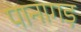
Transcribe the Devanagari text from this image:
पानागड़